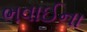
ભવાઈના